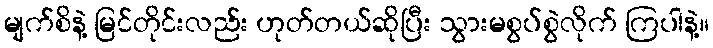
မျက်စိနဲ့ မြင်တိုင်းလည်း ဟုတ်တယ်ဆိုပြီး သွားမစွပ်စွဲလိုက် ကြပါနဲ့။